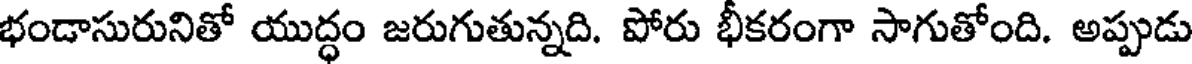
భండాసురునితో యుద్ధం జరుగుతున్నది. పోరు భీకరంగా సాగుతోంది. అప్పుడు